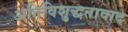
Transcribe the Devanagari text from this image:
अतिविशुद्धतावाद